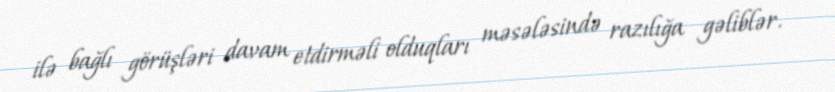
ilə bağlı görüşləri davam etdirməli olduqları məsələsində razılığa gəliblər.